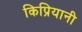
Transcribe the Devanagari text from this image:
किप्रियानी